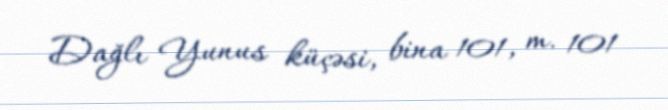
Dağlı Yunus küçəsi, bina 101, m. 101